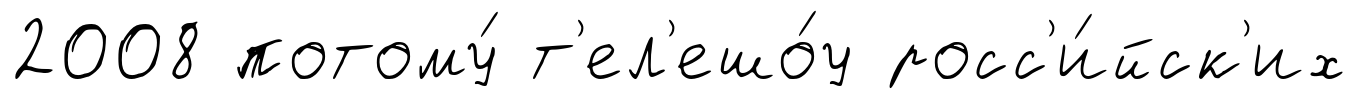
2008 потому́ т'ел'ешо́у росс'и́йск'их